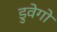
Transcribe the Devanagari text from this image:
डुवेगो